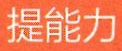
提能力